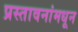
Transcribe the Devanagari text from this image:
प्रस्तावनांमधून